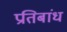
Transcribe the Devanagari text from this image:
प्रतिबांध